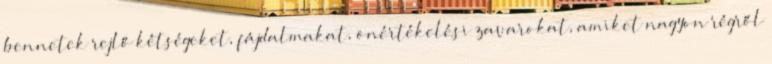
bennetek rejlő kétségeket, fájdalmakat, önértékelési zavarokat, amiket nagyon régről